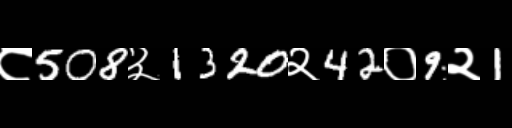
Text: ८508३1320२42०9२1